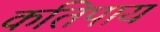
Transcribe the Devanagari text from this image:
कतिपाय